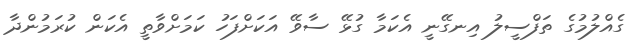
ގެއްލުމުގެ ތަފްސީލު އިނގޭނީ އެކަމާ ގުޅޭ ސާވޭ އަކަށްފަހު ކަމަށްވާތީ އެކަން ކުރަމުންދާ